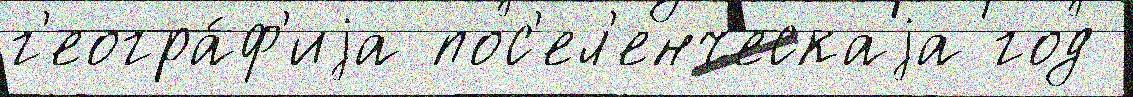
г'еогра́ф'иjа пос'ел'енческаjа год